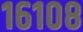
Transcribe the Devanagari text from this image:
१६१०८